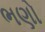
ભણો